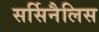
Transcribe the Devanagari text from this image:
सर्सिनैलिस